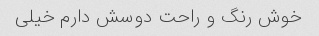
خوش رنگ و راحت دوسش دارم خیلی